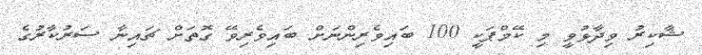
ޝާކިރު ވިދާޅުވީ މި ކޭމްޕަކީ 100 ބައިވެރިންނަށް ބައިވެރިވޭ ގޮތަށް ޗައިނާ ސަރުކާރުގެ